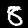
Digit: 8